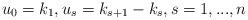
LaTeX: \begin{align*} u_0 = k_1 , u_{s} = k_{s+1} - k_s, s=1,...,n\end{align*}